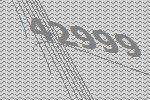
42999